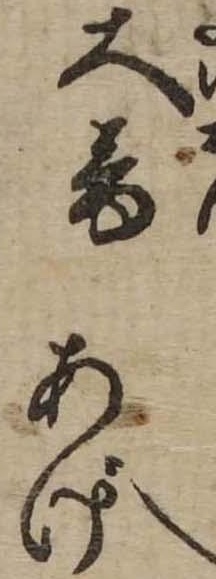
大音あげ